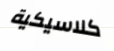
كلاسيكية